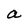
Character: a